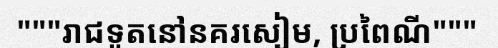
"""រាជទូតនៅនគរសៀម, ប្រពៃណី"""